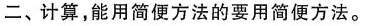
二、计算，能用简便方法的要用简便方法。